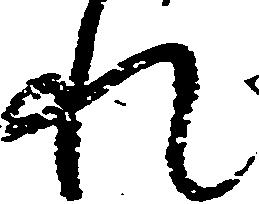
れ